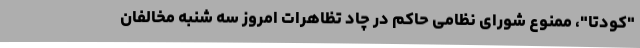
"کودتا"، ممنوع شورای نظامی حاکم در چاد تظاهرات امروز سه شنبه مخالفان